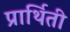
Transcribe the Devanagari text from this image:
प्रार्थिती